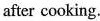
after cooking.